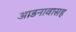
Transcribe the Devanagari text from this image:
आडनावासह